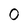
Character: O